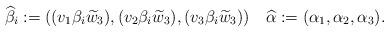
LaTeX: \begin{align*}\widehat{\beta}_i:= ((v_1\beta_i\widetilde{w}_3), (v_2\beta_i\widetilde{w}_3), (v_3\beta_i\widetilde{w}_3)) \quad\widehat{\alpha}:=(\alpha_1,\alpha_2,\alpha_3).\end{align*}